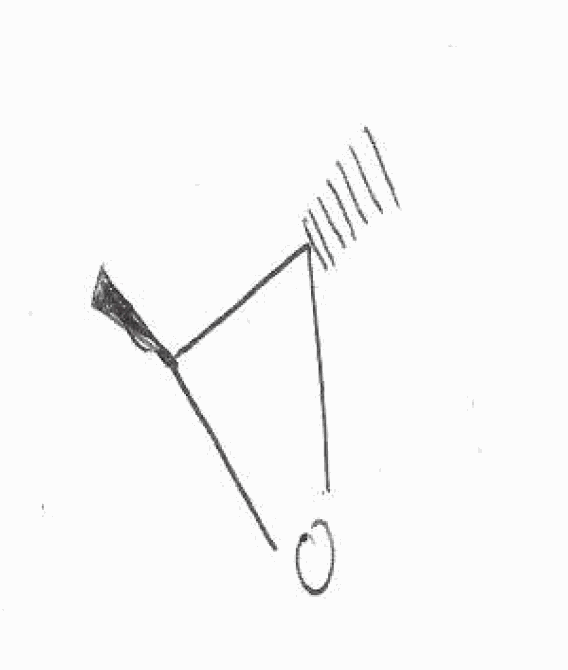
Simplified molecular-input line-entry system (SMILES) notation of the given molecule:
C[C@H]1[C@@H](O1)C